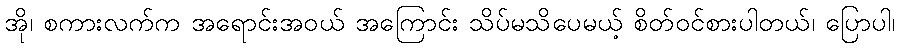
အို၊ စကားလက်က အရောင်းအဝယ် အကြောင်း သိပ်မသိပေမယ့် စိတ်ဝင်စားပါတယ်၊ ပြောပါ၊